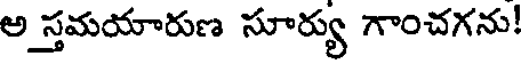
అ స్తమయారుణ సూర్యు గాంచగను!